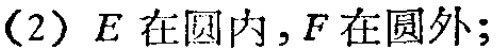
(2) \(E\) 在圆内，\(F\) 在圆外;